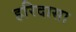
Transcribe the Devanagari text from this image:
हरिदासा